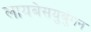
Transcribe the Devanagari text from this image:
लायबेसयुबुंगन